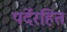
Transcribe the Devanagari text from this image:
पर्देरहित